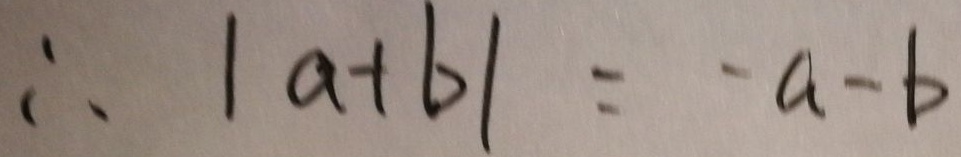
\therefore \vert a + b \vert = - a - b